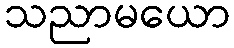
သညာမယော